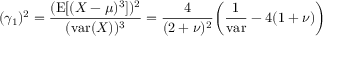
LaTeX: ( \gamma _ { 1 } ) ^ { 2 } = { \frac { ( \operatorname { E } [ ( X - \mu ) ^ { 3 } ] ) ^ { 2 } } { ( \operatorname { v a r } ( X ) ) ^ { 3 } } } = { \frac { 4 } { ( 2 + \nu ) ^ { 2 } } } { \bigg ( } { \frac { 1 } { \mathrm { v a r } } } - 4 ( 1 + \nu ) { \bigg ) }